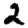
Digit: 2